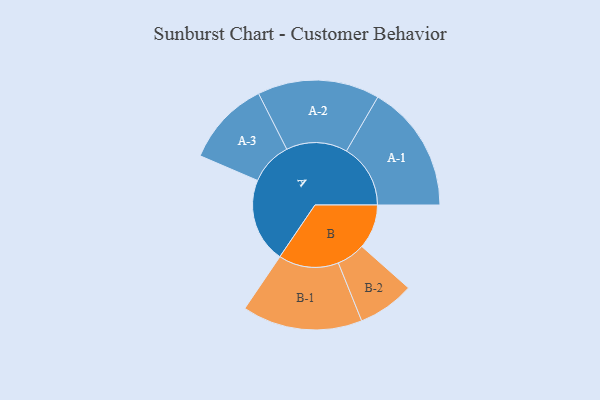
{"axis": {"x": "Segment", "y": "Value"}, "legend": ["", "A", "B"], "data": [{"x": "A", "y": 346, "type": ""}, {"x": "B", "y": 182, "type": ""}, {"x": "A-1", "y": 262, "type": "A"}, {"x": "A-2", "y": 250, "type": "A"}, {"x": "A-3", "y": 175, "type": "A"}, {"x": "B-1", "y": 246, "type": "B"}, {"x": "B-2", "y": 116, "type": "B"}]}